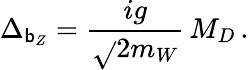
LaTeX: \Delta_{\mathsf{b}_{Z}}=\frac{{ig}}{{\sqrt{}{{2}}m_{W}}}\, M_{D}\, .